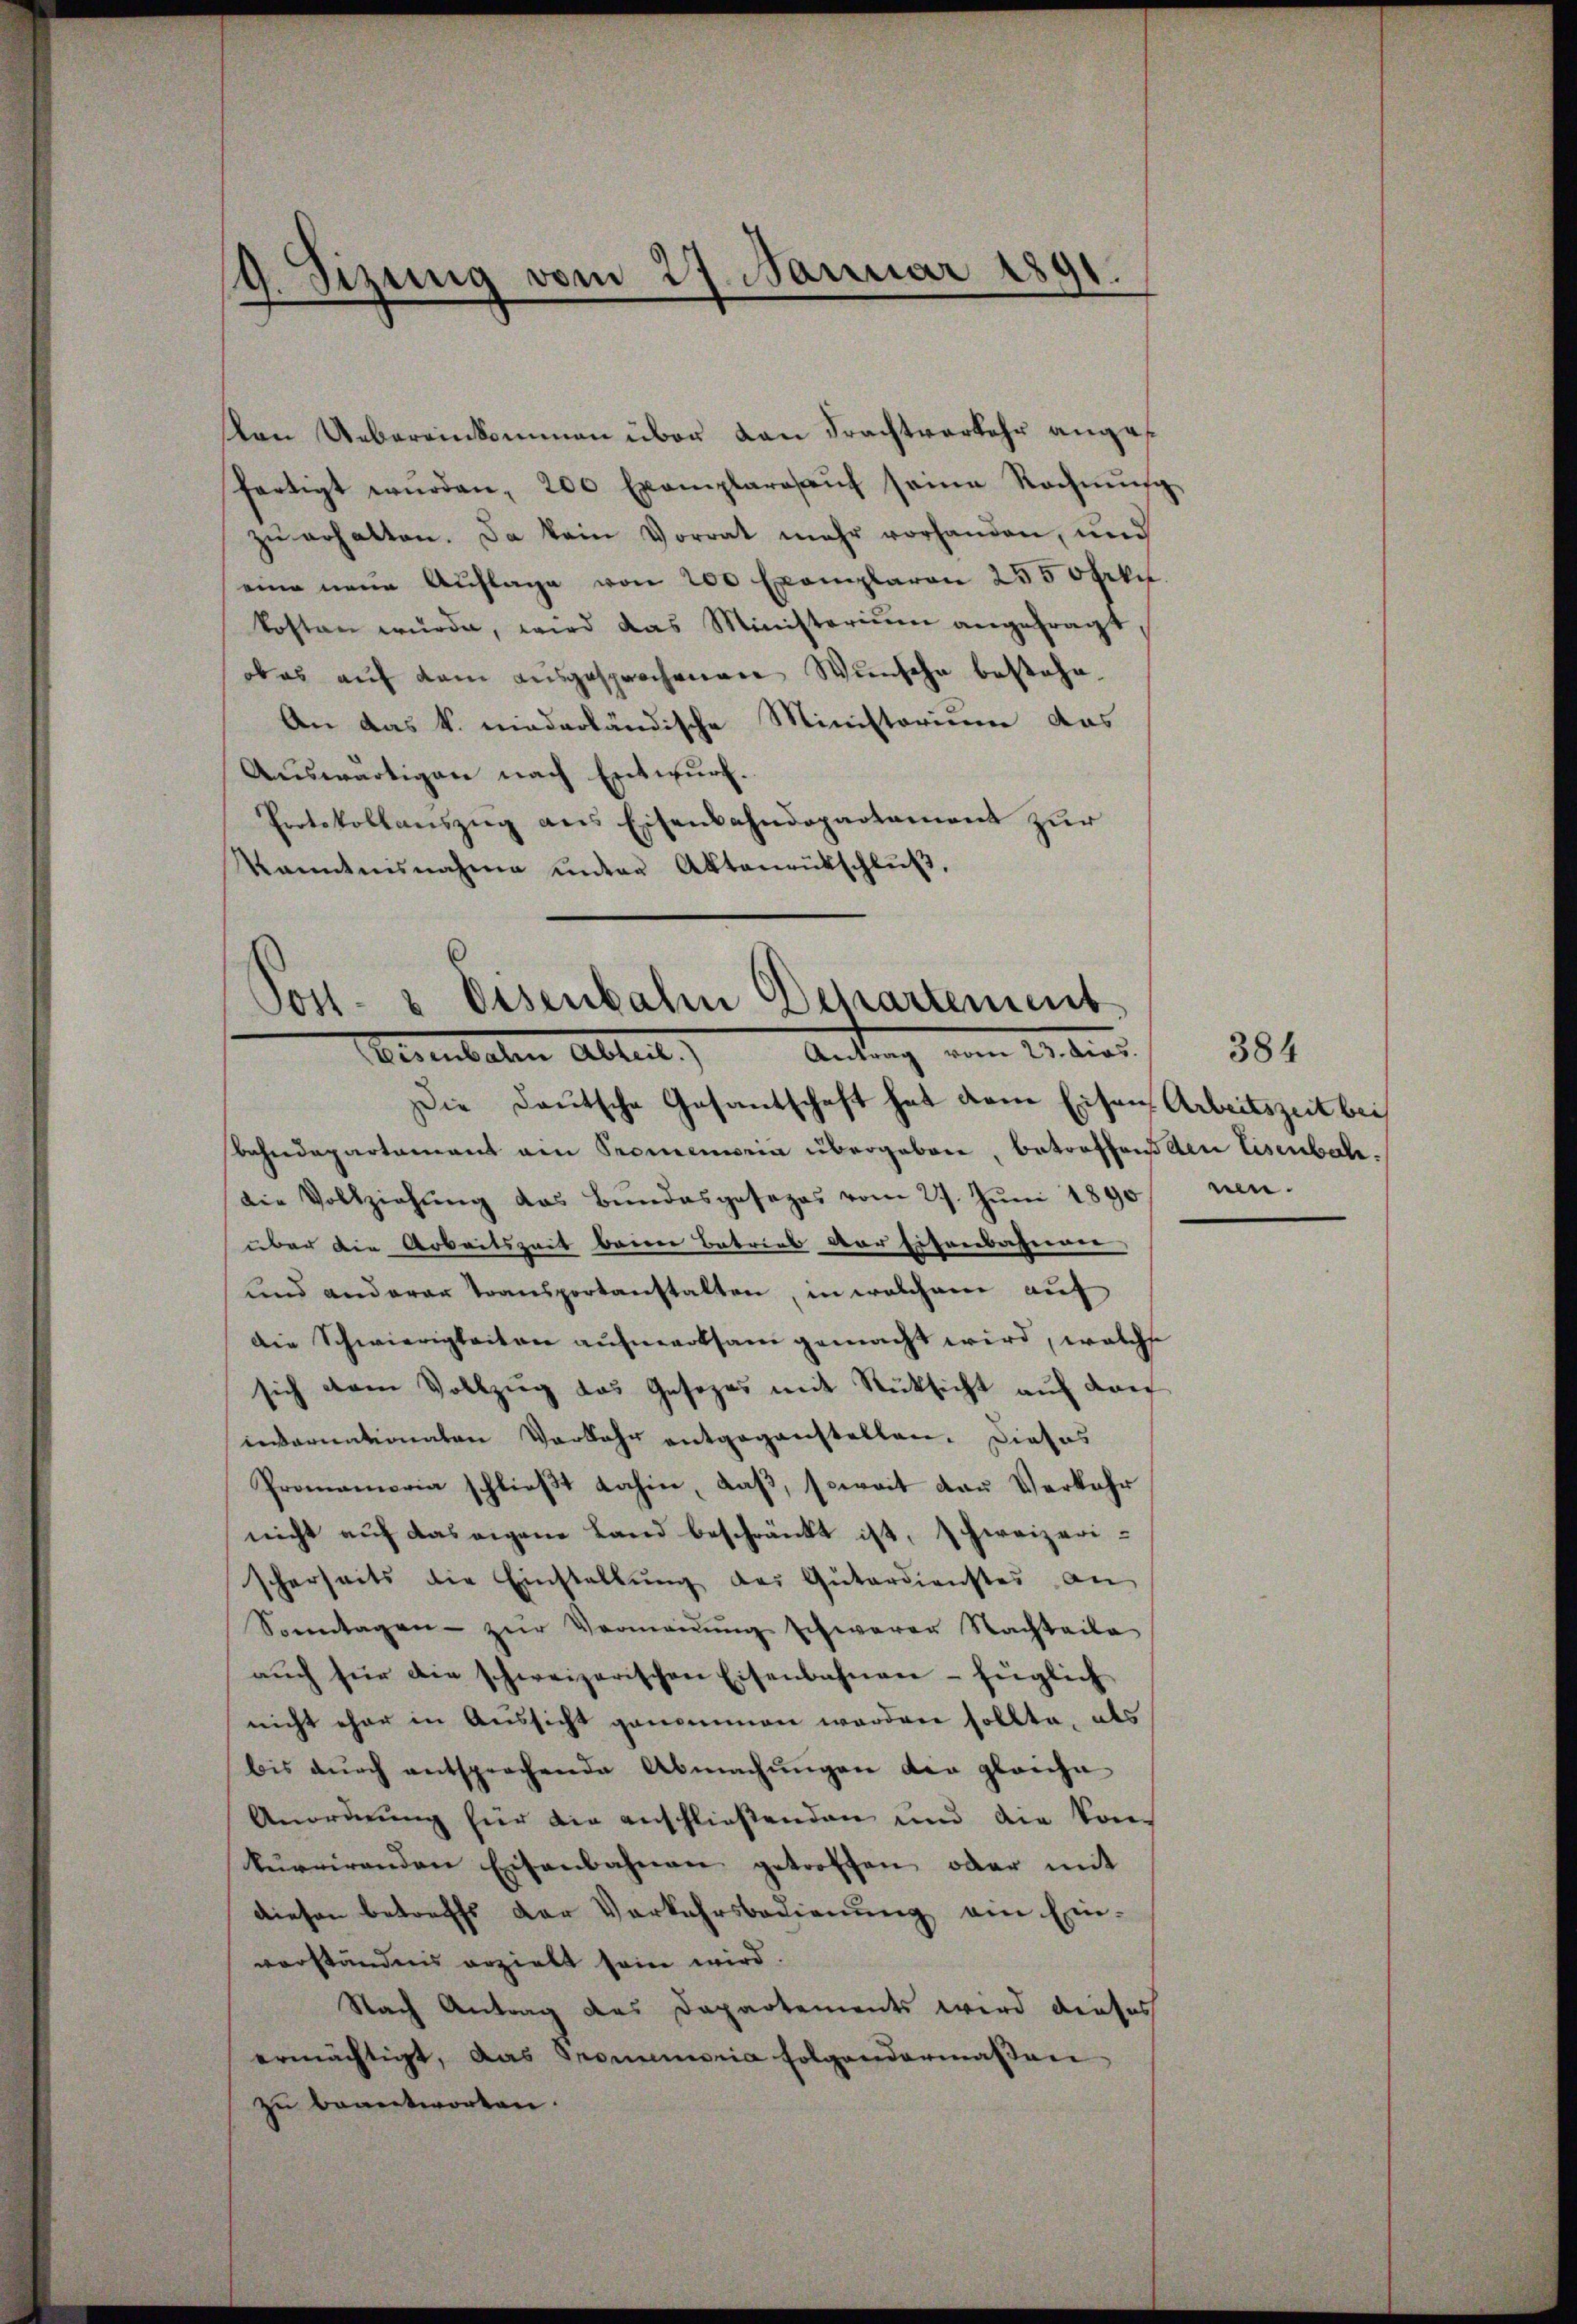
9. Sizung vom 27. Januar 1891.
—

Von Uebereinkommen über von Frachtverkehr anges
fartigt würden, 200 Exemplarosaŭf seine Rechnŭng
zu erhalten. Da kein Vorrat mehr vorhanden, und
eine neue Auflage von 200 Exemplaren 2550 Frkn
kosten würde, wird das Ministerium angefragt,
obes auf dem ausgesprochenen Wunsche bestehe.
An das k. niederländische Ministorium das
Auswärtigen nach Entwurf.
Protokollauszug aus Eisenbahndepartament zur
kanntnisnahme unter Aktenentschlŭβ,

Post- & Eisenbahn Departement
Antrag vom 23. Dios.                       384
Vereinbaten Abteil)

Die Deutsche Gesantschaft hat dem Eisen Arbeitszeit bei
Bahndepartament ain Promemoria übergeben, betroffend der Eisenbach:
die Vollziehŭng des Bŭndesgesezes vom 27. Jŭni 1890 nen
über die Arbeitszeit beeren Betrieb der Eisenbaserner
und anderer Transportanstalten, in welchene auf
Die Schwierigkeiten aufmerksam gemacht wird, welche
sich dem Vollzug das Gesezes mit Rüksicht auf dan
intariationaten Vorkehr entgegenstellen. Dieses
Promemoria schlieβt dahin, daβ, soweit dan Verkehr
nicht auf das eigene Land beschränkt ist, schweizeri-
scherseits die Einstallŭng der Güterdienstes an
Sonntagen zŭr Vermaṅŭng schwerer Nachteile
aŭch für die schweizerischen Eisenbahnen - füglich
nicht eher in Aussicht genommen worden sollte, als
bis durch entsprochende Abmachŭngen der gleiche
Anordnung für die anschließenden und die Kon-
kurrirenden Eisenbahnen getroffen, oder mit
diesen betreffs der Verkehrsbedienung ein Ein-
vorständnis erzielt sein wird.
Nach Antrag des Departements wird dieses
ermächtigt, das Promemoria folgendermaßen
zu beantworten.